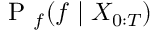
\mathrm { ~ P ~ } _ { f } ( f \mid X _ { 0 : T } )